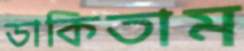
ডাকিতাম